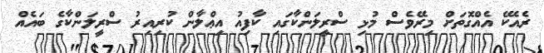
ރެއެކޭ އެއްގޮތަށް މިރޭވެސް މުޅި ސްރީލަންކާގައި ކާފިއު އިޢްލާން ކުރިއިރު ސްރީލަންކާގެ ބައެއް